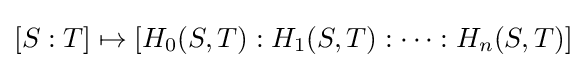
[S:T]\mapsto \left[H_{0}(S,T):H_{1}(S,T):\cdots :H_{n}(S,T)\right]